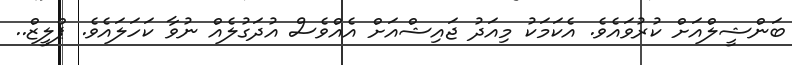
ބަންޝީލްއަށް ކުރުވައެވެ. އެކަމަކު މިއަދު ޖައިޝްއަށް އެއްވެސް އުދަގުލެއް ނުވާ ކަހަލައެވެ. ޕްލީޒް..